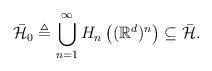
LaTeX: \begin{align*}\bar{{\cal H}}_{0}\triangleq\bigcup_{n=1}^{\infty}H_{n}\left((\mathbb{R}^{d})^{n}\right)\subseteq\bar{\cal H}.\end{align*}